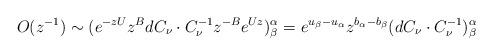
LaTeX: \begin{align*} O(z^{-1})\sim(e^{-zU}z^{B}dC_{\nu}\cdot C_{\nu}^{-1}z^{-B}e^{Uz})^{\alpha}_{\beta}=e^{u_{\beta}-u_{\alpha}}z^{b_{\alpha}-b_{\beta}}(dC_{\nu}\cdot C_{\nu}^{-1})^{\alpha}_{\beta} \end{align*}